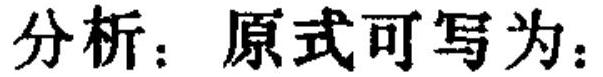
分析：原式可写为：